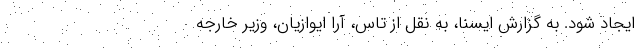
ایجاد شود. به گزارش ایسنا، به نقل از تاس، آرا ایوازیان، وزیر خارجه